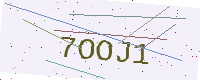
Text: 7OOJ1